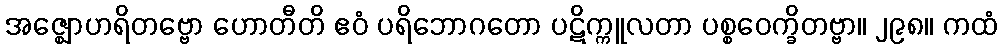
အဇ္ဈောဟရိတဗ္ဗော ဟောတီတိ ဧဝံ ပရိဘောဂတော ပဋိက္ကူလတာ ပစ္စဝေက္ခိတဗ္ဗာ။ ၂၉၈။ ကထံ